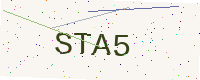
Text: STA5